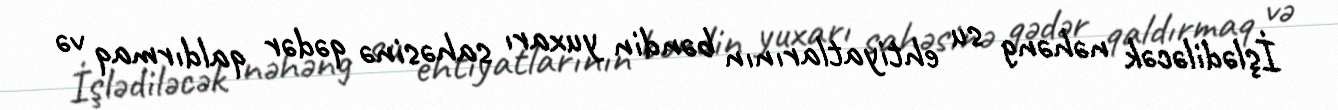
İşlədiləcək nəhəng su ehtiyatlarının bəndin yuxarı sahəsinə qədər qaldırmaq və